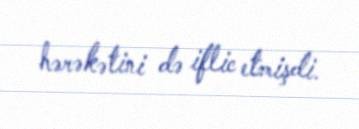
hərəkətini də iflic etmişdi.